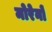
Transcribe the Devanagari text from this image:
मोरेनों